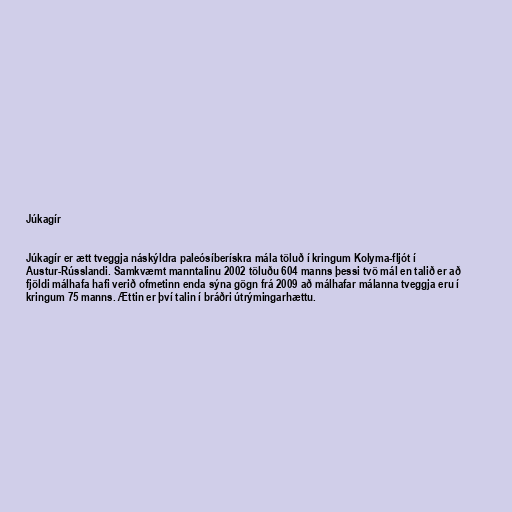
Júkagír

Júkagír er ætt tveggja náskýldra paleósíberískra mála töluð í kringum Kolyma-fljót í
Austur-Rússlandi. Samkvæmt manntalinu 2002 töluðu 604 manns þessi tvö mál en talið er að
fjöldi málhafa hafi verið ofmetinn enda sýna gögn frá 2009 að málhafar málanna tveggja eru í
kringum 75 manns. Ættin er því talin í bráðri útrýmingarhættu.